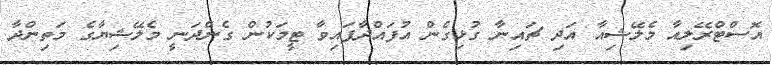
އޮސްޓްރޭލިއާ މެލޭޝިއާ އަދި ޗައިނާ ގުޅިގެން އުފައްދާފައިވާ ޓީމަކުން ގެންދަނީ މެލޭޝިޔާގެ މަތިންދާ